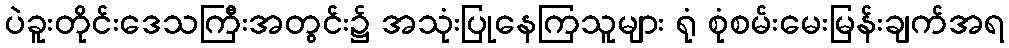
ပဲခူးတိုင်းဒေသကြီးအတွင်း၌ အသုံးပြုနေကြသူများ ရုံ စုံစမ်းမေးမြန်းချက်အရ